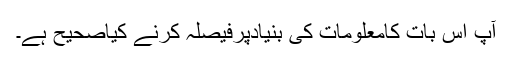
آپ اس بات کامعلومات کی بنیادپرفیصلہ کرنے کیاصحیح ہے۔